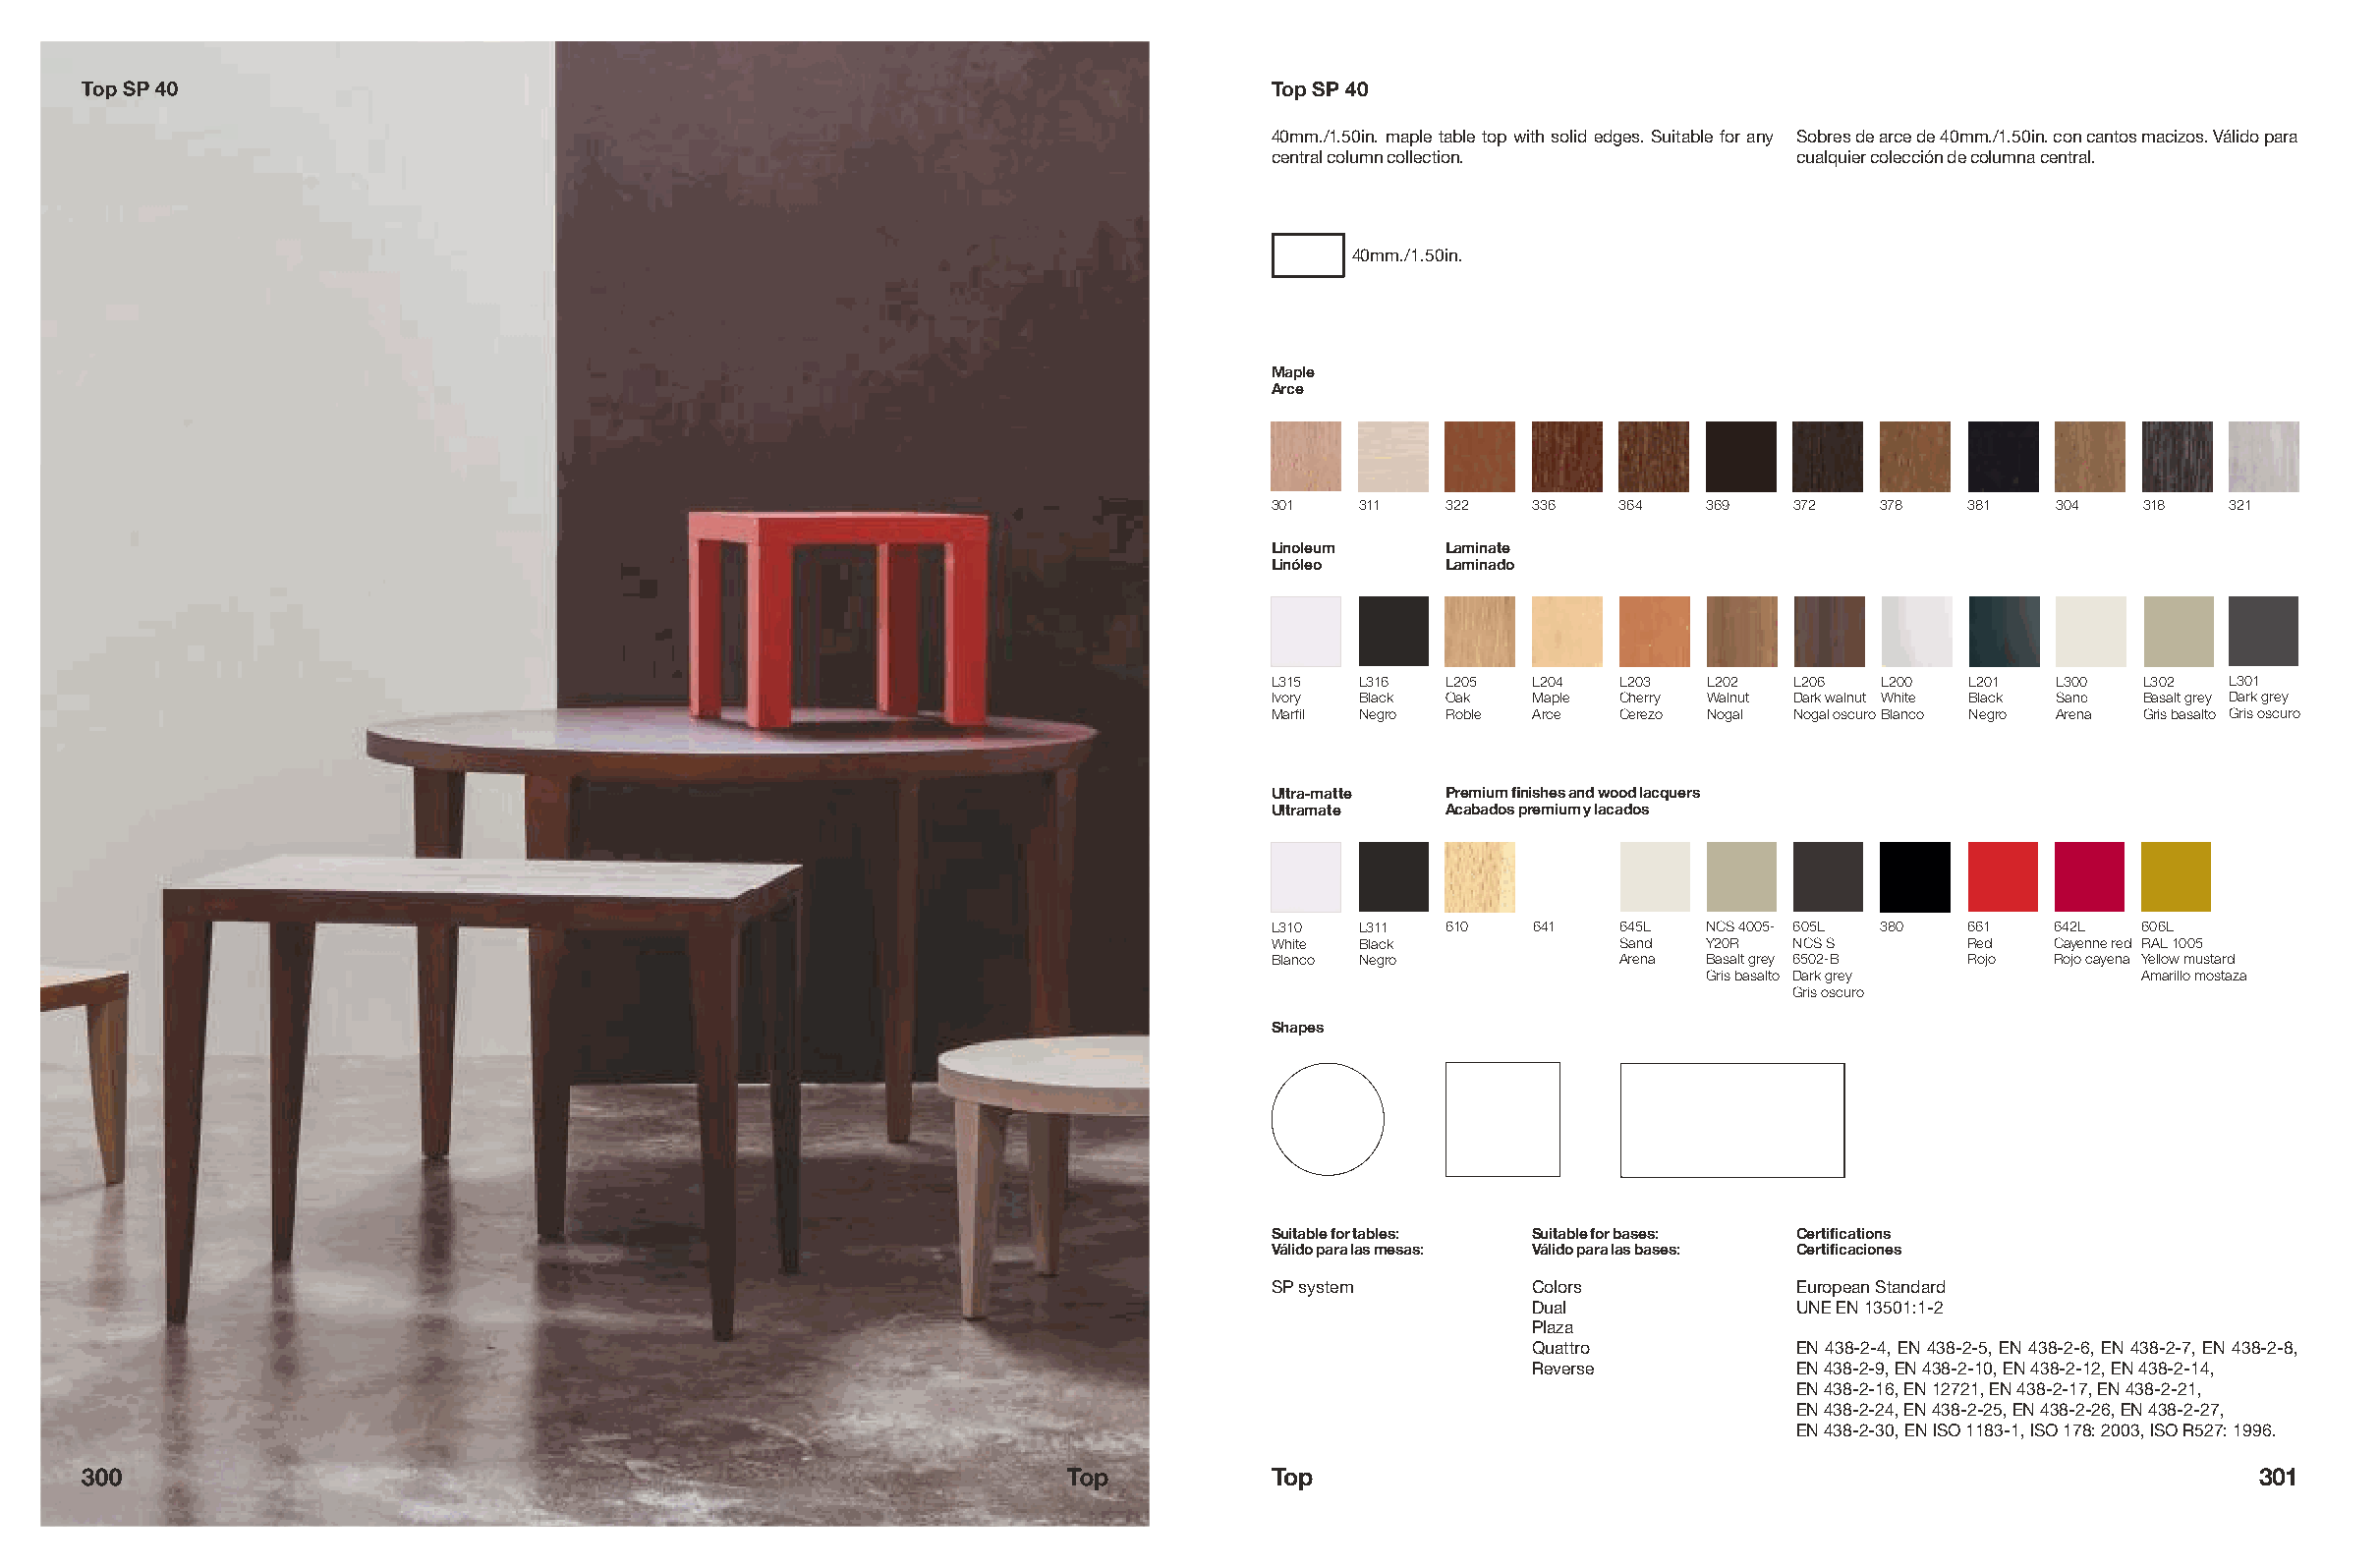
Top SP 40                                                                        Top SP 40
 40mm./1.50in. maple table top with solid edges. Suitable for any Sobres de arce de 40mm./1.50in. con cantos macizos. Válido para
 central column collection.         cualquier colección de columna central.
 40mm./1.50in.
 Maple
 Arce
 301   311  322   336   364   369   372   378   381  304   318   321
 Linoleum   Laminate
 Linóleo    Laminado
 L315  L316 L205  L204  L203  L202  L206  L200  L201 L300  L302  L301
 Ivory Black Oak  Maple Cherry Walnut Dark walnut White Black Sand Basalt grey Dark grey
 Marfil Negro Roble Arce Cerezo Nogal Nogal oscuroBlanco Negro Arena Gris basalto Gris oscuro
 Ultra-matte Premium finishes and wood lacquers
 Ultramate  Acabados premium y lacados
 L310  L311 610   641   645L  NCS 4005- 605L 380 661 642L  606L
 White Black            Sand  Y20R  NCS S       Red  Cayenne red RAL 1005
 Blanco Negro           Arena Basalt grey 6502-B Rojo Rojo cayena Yellow mustard
 Gris basalto Dark grey       Amarillo mostaza
 Gris oscuro
 Shapes
 Suitable for tables: Suitable for bases: Certifications
 Válido para las mesas: Válido para las bases: Certificaciones
 SP system        Colors            European Standard
 Dual              UNE EN 13501:1-2
 Plaza
 Quattro           EN 438-2-4, EN 438-2-5, EN 438-2-6, EN 438-2-7, EN 438-2-8,
 Reverse           EN 438-2-9, EN 438-2-10, EN 438-2-12, EN 438-2-14,
 EN 438-2-16, EN 12721, EN 438-2-17, EN 438-2-21,
 EN 438-2-24, EN 438-2-25, EN 438-2-26, EN 438-2-27,
 EN 438-2-30, EN ISO 1183-1, ISO 178: 2003, ISO R527: 1996.
 300                                                                Top           Top                                                               301